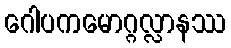
ဂေါပကမောဂ္ဂလ္လာနဿ